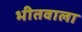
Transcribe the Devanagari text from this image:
भीतवाला